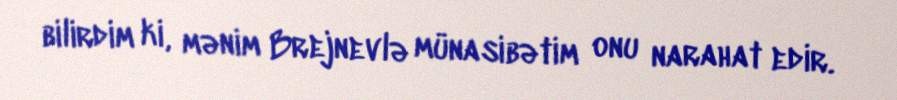
bilirdim ki, mənim Brejnevlə münasibətim onu narahat edir.